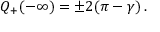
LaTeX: { \cal Q } _ { + } ( - \infty ) = \pm 2 ( \pi - \gamma ) \, .